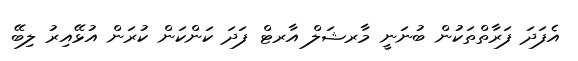
އެފަދަ ފަރާތްތަކުން ބުނަނީ މާރޝަލް އާރޓް ފަދަ ކަންކަން ކުރަން އުޅޭއިރު ލިބޭ